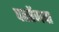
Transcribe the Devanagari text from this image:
पतरेंगवा